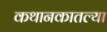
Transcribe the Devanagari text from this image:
कथानकातल्या